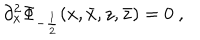
LaTeX: \partial _ { x } ^ { 2 } \Phi _ { - \frac { 1 } { 2 } } ( x , \bar { x } , z , \bar { z } ) = 0 ~ ,